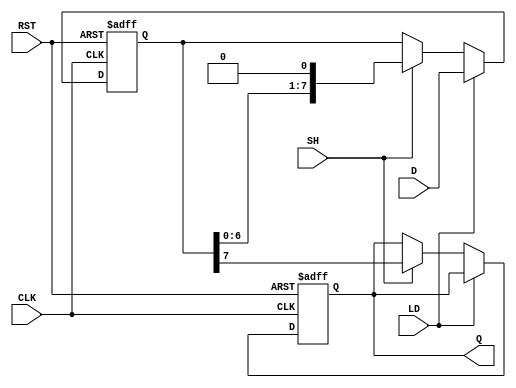
module dynamic_piso_register #(
    parameter WIDTH = 8  // Width of the register (number of bits)
)(
    input wire [WIDTH-1:0] D,   // Parallel data input
    input wire LD,               // Load control signal
    input wire SH,               // Shift control signal
    input wire CLK,              // Clock signal
    input wire RST,              // Reset signal
    output reg Q                // Serial output
);

    reg [WIDTH-1:0] shift_reg;   // Shift register to hold the data

    // Asynchronous reset and loading data
    always @(posedge CLK or posedge RST) begin
        if (RST) begin
            shift_reg <= {WIDTH{1'b0}}; // Reset the shift register to 0
            Q <= 1'b0;                  // Reset the output
        end else if (LD) begin
            shift_reg <= D;             // Load parallel data into the shift register
        end else if (SH) begin
            Q <= shift_reg[WIDTH-1];    // Output the MSB to Q
            shift_reg <= {shift_reg[WIDTH-2:0], 1'b0}; // Shift left
        end
    end

endmodule